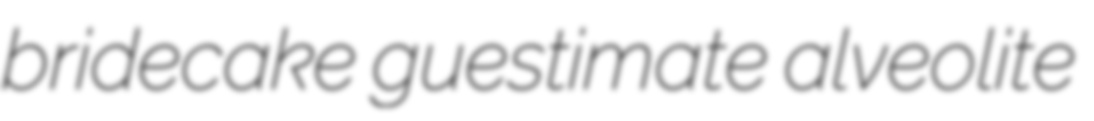
bridecake guestimate alveolite